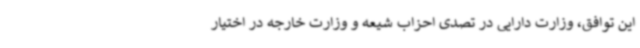
این توافق، وزارت دارایی در تصدی احزاب شیعه و وزارت خارجه در اختیار